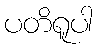
ပတိရူပါ